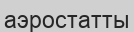
аэростатты